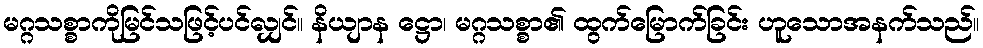
မဂ္ဂသစ္စာကိုမြင်သဖြင့်ပင်လျှင်။ နိယျာန ဋ္ဌော၊ မဂ္ဂသစ္စာ၏ ထွက်မြောက်ခြင်း ဟူသောအနက်သည်။